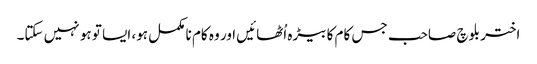
اختر بلوچ صاحب جس کام کا بیڑہ اُٹھائیں اور وہ کام نا مکمل ہو، ایسا تو ہو نہیں سکتا۔